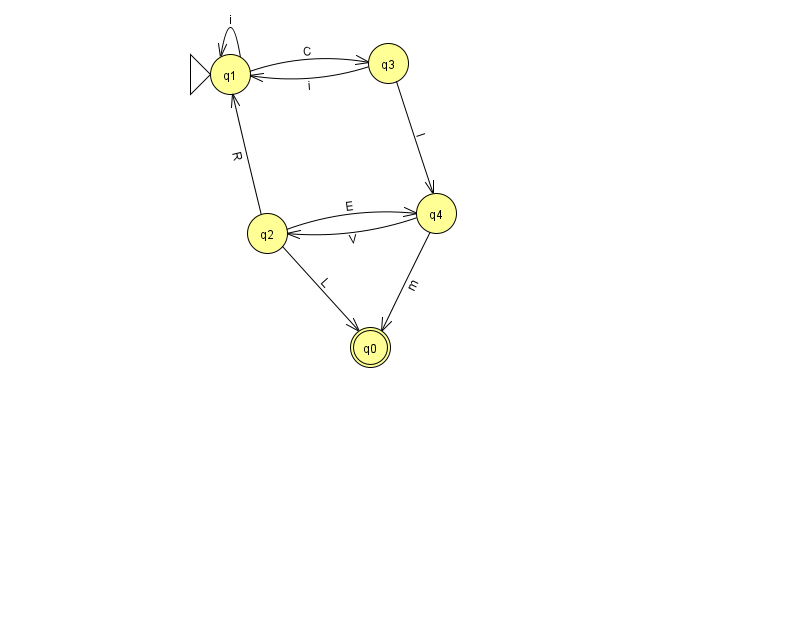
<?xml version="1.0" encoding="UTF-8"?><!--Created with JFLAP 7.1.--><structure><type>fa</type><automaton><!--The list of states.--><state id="0" name="q0"><x>370.0</x><y>334.0</y><final/></state><state id="1" name="q1"><x>230.0</x><y>61.0</y><initial/></state><state id="2" name="q2"><x>267.0</x><y>220.0</y></state><state id="3" name="q3"><x>388.0</x><y>50.0</y></state><state id="4" name="q4"><x>436.0</x><y>200.0</y></state><!--The list of transitions.--><transition><from>4</from><to>0</to><read>m</read></transition><transition><from>2</from><to>0</to><read>L</read></transition><transition><from>2</from><to>4</to><read>E</read></transition><transition><from>4</from><to>2</to><read>V</read></transition><transition><from>1</from><to>3</to><read>C</read></transition><transition><from>2</from><to>1</to><read>R</read></transition><transition><from>3</from><to>4</to><read>I</read></transition><transition><from>1</from><to>1</to><read>i</read></transition><transition><from>3</from><to>1</to><read>i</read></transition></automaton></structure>